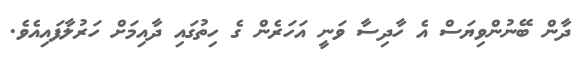
ދާން ބޭނުންވިޔަސް އެ ހާދިސާ ވަނީ އަހަރެން ގެ ހިތުގައި ދާއިމަށް ހަރުލާފައިއެވެ.